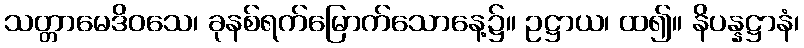
သတ္တာမေဒိဝသေ၊ ခုနစ်ရက်မြောက်သောနေ့၌။ ဥဋ္ဌာယ၊ ထ၍။ နိပန္နဋ္ဌာနံ၊